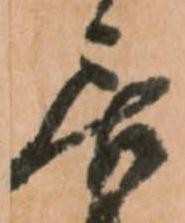
居